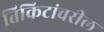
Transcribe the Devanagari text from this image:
तिकिटांवरील